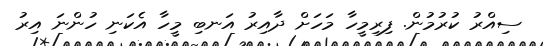
ސިއްރު ކުރުމުން. ފިރިމީހާ މަހަށް ދާއިރު އަނބި މީހާ އެކަނި ހުންނަ އިރު